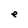
Character: e